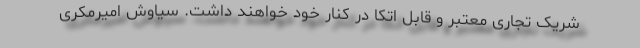
شریک تجاری معتبر و قابل اتکا در کنار خود خواهند داشت. سیاوش امیرمکری